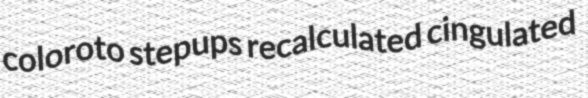
coloroto stepups recalculated cingulated